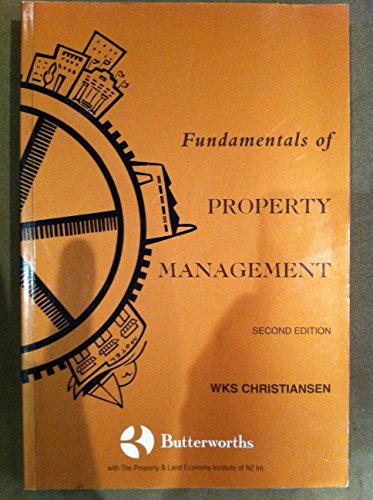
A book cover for The Fundamentals of Property Management; W. Christiansen; Law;